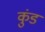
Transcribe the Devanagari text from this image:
कुंडं